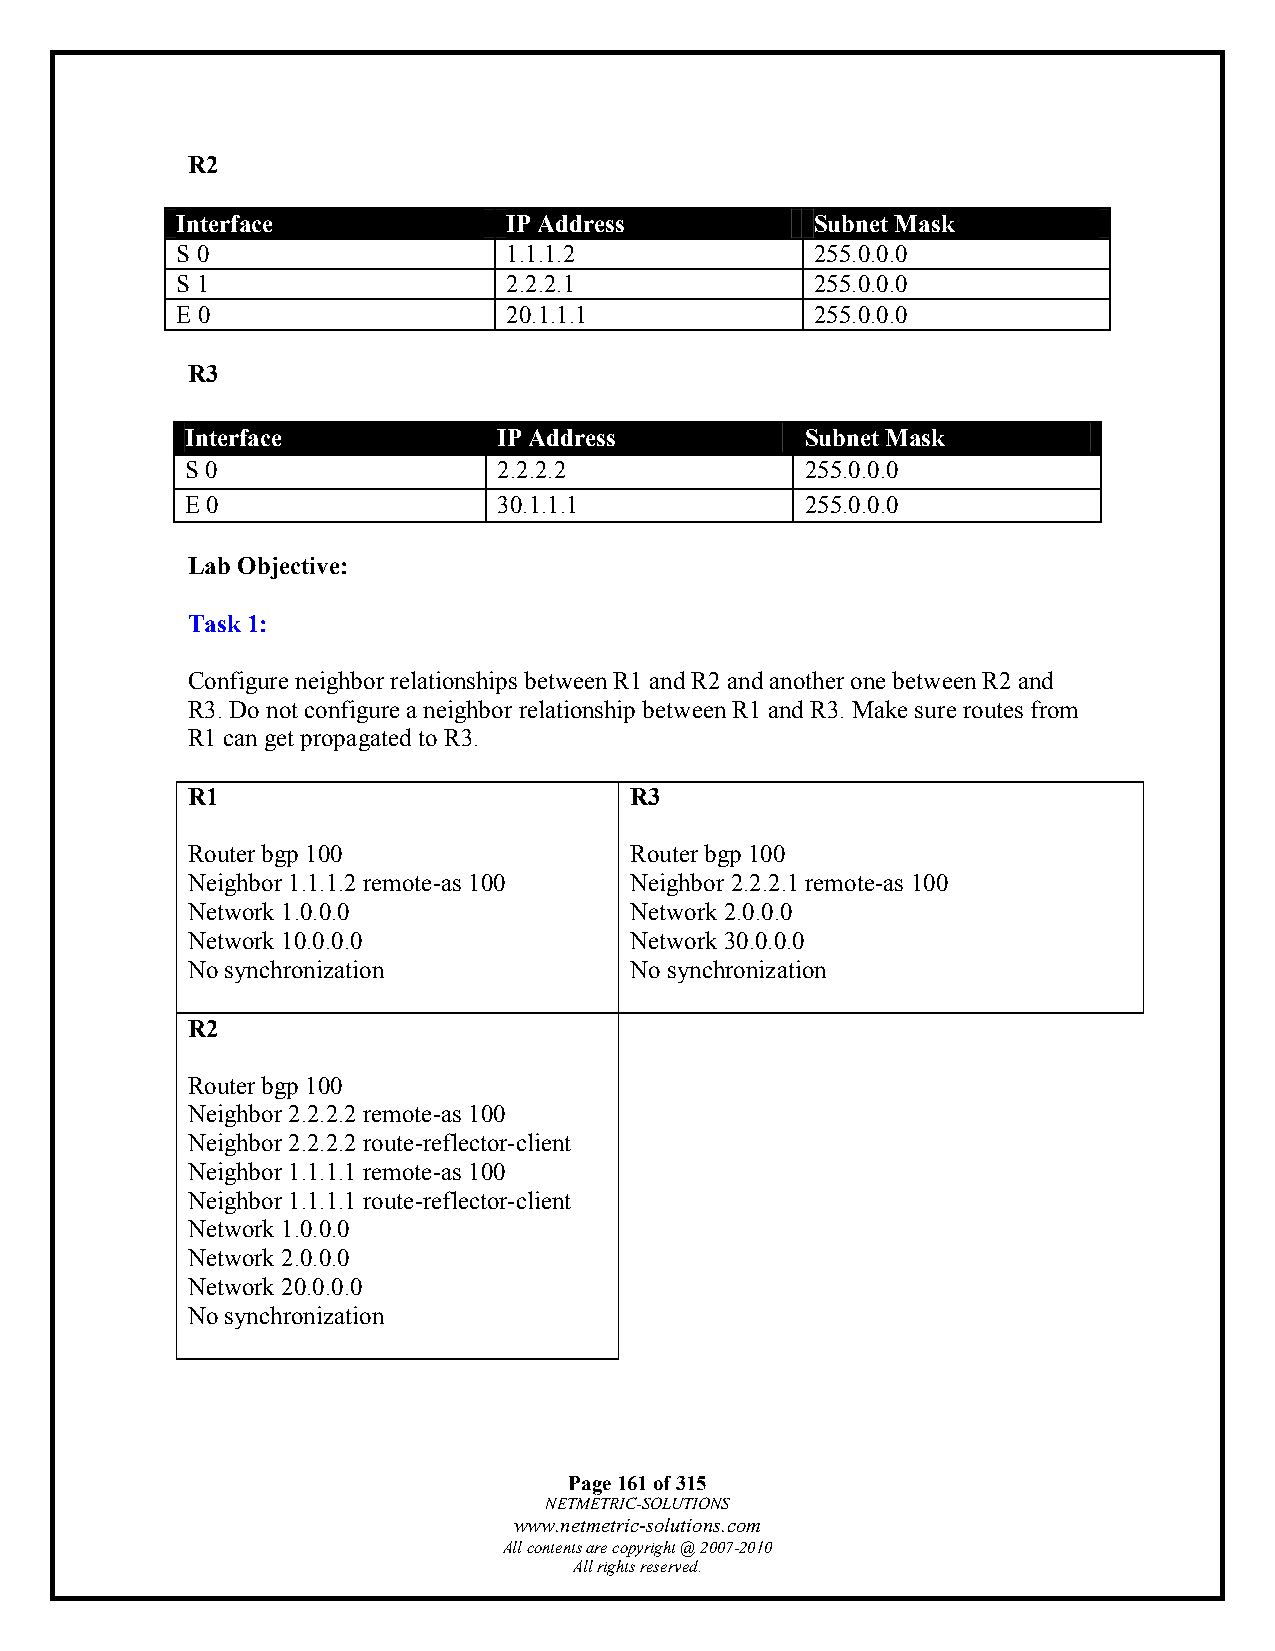
R2
 Interface             IP Address          Subnet Mask
 S 0                   1.1.1.2             255.0.0.0
 S 1                   2.2.2.1             255.0.0.0
 E 0                   20.1.1.1            255.0.0.0
 R3
 Interface            IP Address          Subnet Mask
 S 0                  2.2.2.2             255.0.0.0
 E 0                  30.1.1.1            255.0.0.0
 Lab Objective:
 Task 1:
 Configure neighbor relationships between R1 and R2 and another one between R2 and
 R3. Do not configure a neighbor relationship between R1 and R3. Make sure routes from
 R1 can get propagated to R3.
 R1                            R3
 Router bgp 100                Router bgp 100
 Neighbor 1.1.1.2 remote-as 100 Neighbor 2.2.2.1 remote-as 100
 Network 1.0.0.0               Network 2.0.0.0
 Network 10.0.0.0              Network 30.0.0.0
 No synchronization            No synchronization
 R2
 Router bgp 100
 Neighbor 2.2.2.2 remote-as 100
 Neighbor 2.2.2.2 route-reflector-client
 Neighbor 1.1.1.1 remote-as 100
 Neighbor 1.1.1.1 route-reflector-client
 Network 1.0.0.0
 Network 2.0.0.0
 Network 20.0.0.0
 No synchronization
 Page 161 of 315
 NETMETRIC-SOLUTIONS
 www.netmetric-solutions.com
 All contents are copyright @ 2007-2010
 All rights reserved.